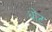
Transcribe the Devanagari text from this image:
थोंट